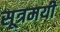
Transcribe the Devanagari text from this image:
सूत्रमयी